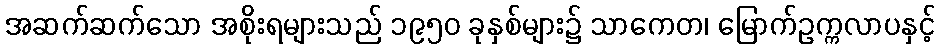
အဆက်ဆက်သော အစိုးရများသည် ၁၉၅၀ ခုနှစ်များ၌ သာကေတ၊ မြောက်ဥက္ကလာပနှင့်